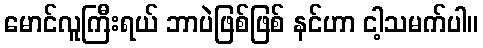
မောင်လူကြီးရယ် ဘာပဲဖြစ်ဖြစ် နင်ဟာ ငါ့သမက်ပါ။